Vaccine operations Central Provinces 1886-1899 - 1886-1899
Year: 1886
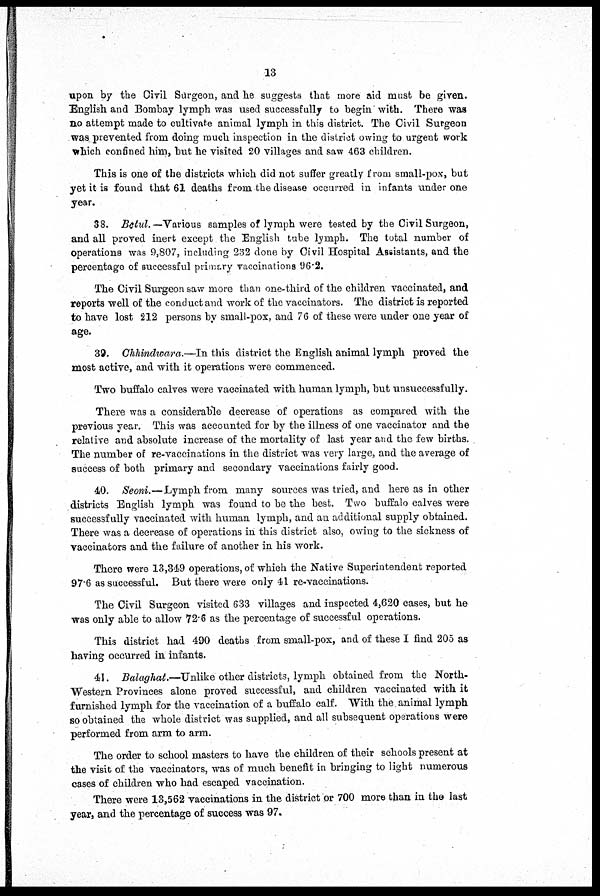
13
upon by the Civil Surgeon, and he suggests that more aid must be given.
English and Bombay lymph was used successfully to begin with. There was
no attempt made to cultivate animal lymph in this district. The Civil Surgeon
was prevented from doing much inspection in the district owing to urgent work
which confined him, but he visited 20 villages and saw 463 children.
This is one of the districts which did not suffer greatly from small-pox, but
yet it is found that 61 deaths from the disease occurred in infants under one
year.
38. Betul.— Various samples of lymph were tested by the Civil Surgeon,
and all proved inert except the English tube lymph. The total number of
operations was 9,807, including 232 done by Civil Hospital Assistants, and the
percentage of successful primary vaccinations 96.2.
The Civil Surgeon saw more than one-third of the children vaccinated, and
reports well of the conduct and work of the vaccinators. The district is reported
to have lost 212 persons by small-pox, and 76 of these were under one year of
age.
39. Chhindwara.—In this district the English animal lymph proved the
most active, and with it operations were commenced.
Two buffalo calves were vaccinated with human lymph, but unsuccessfully.
There was a considerable decrease of operations as compared with the
previous year. This was accounted for by the illness of one vaccinator and the
relative and absolute increase of the mortality of last year and the few births.
The number of re-vaccinations in the district was very large, and the average of
success of both primary and secondary vaccinations fairly good.
40. Seoni.—Lymph from many sources was tried, and here as in other
districts English lymph was found to be the best. Two buffalo calves were
successfully vaccinated with human lymph, and an additional supply obtained.
There was a decrease of operations in this district also, owing to the sickness of
vaccinators and the failure of another in his work.
There were 13,349 operations, of which the Native Superintendent reported
97.6 as successful. But there were only 41 re-vaccinations.
The Civil Surgeon visited 633 villages and inspected 4,620 cases, but he
was only able to allow 72.6 as the percentage of successful operations.
This district had 490 deaths from small-pox, and of these I find 205 as
having occurred in infants.
41. Balaghat.—Unlike other districts, lymph obtained from the North-
Western Provinces alone proved successful, and children vaccinated with it
furnished lymph for the vaccination of a buffalo calf. With the animal lymph
so obtained the whole district was supplied, and all subsequent operations were
performed from arm to arm.
The order to school masters to have the children of their schools present at
the visit of the vaccinators, was of much benefit in bringing to light numerous
cases of children who had escaped vaccination.
There were 13,562 vaccinations in the district or 700 more than in the last
year, and the percentage of success was 97.